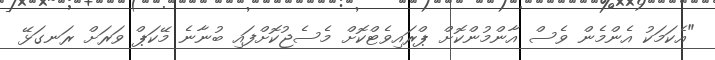
"އެކަމަކު އެންމެން ވެސް އާންމުންކޮށް ޕްރައިވެޓްކޮށް މެސެޖުކޮށްފައި ބުނާނެ މޭކަޕް ވަރަށް ރަނގަޅޭ